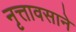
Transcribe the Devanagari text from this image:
नृत्तावसाने